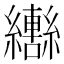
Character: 𬘍